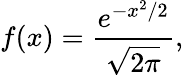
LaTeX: f(x)=\frac{e^{-x^{2}/2}}{\sqrt{2\pi}},